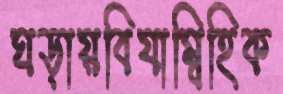
ঘড়ায়বিযাম্বিহিক